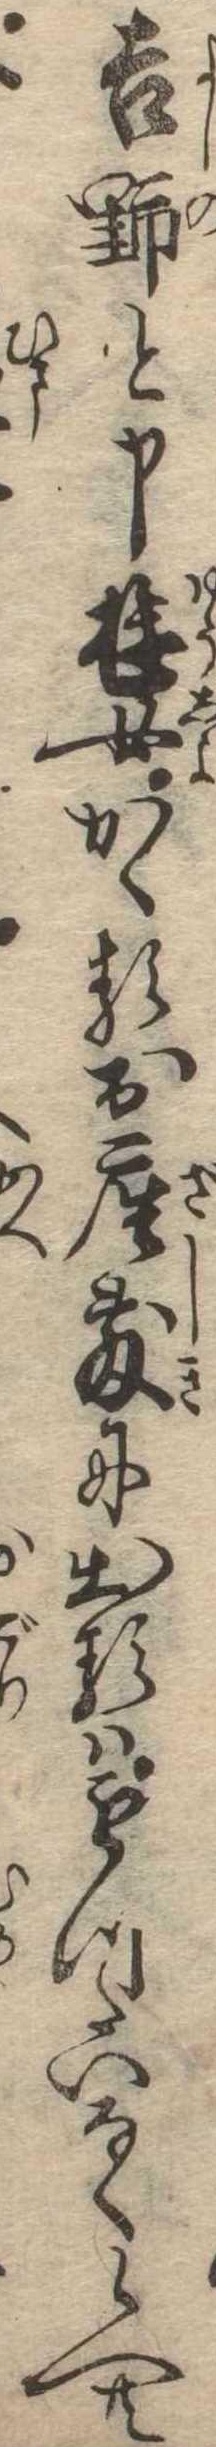
吉野と申遊女かゝるお座敷に出るはもつたいなく候へ共